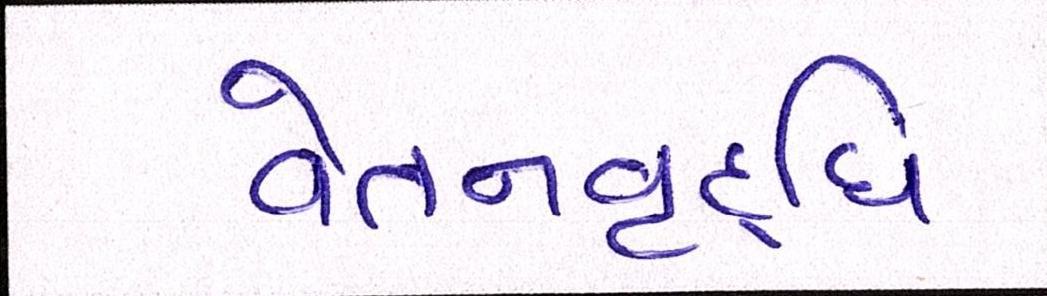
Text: વેતનવૃદ્ધિ